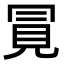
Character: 㒻